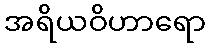
အရိယဝိဟာရော